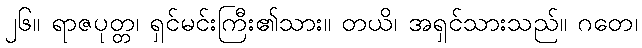
၂၆။ ရာဇပုတ္တ၊ ရှင်မင်းကြီး၏သား။ တယိ၊ အရှင်သားသည်။ ဂတေ၊